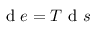
\textrm { d } e = T \textrm { d } s